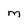
Character: m